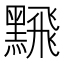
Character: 𫜛